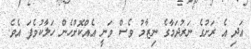
އަދި އެ ރަށުގެ ނަރުދަމާގެ ނިޒާމު ވެސް ވަނީ އެއްކޮށްހެން ހަލާކުވެފަ އެވެ.